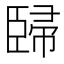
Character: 𰯳